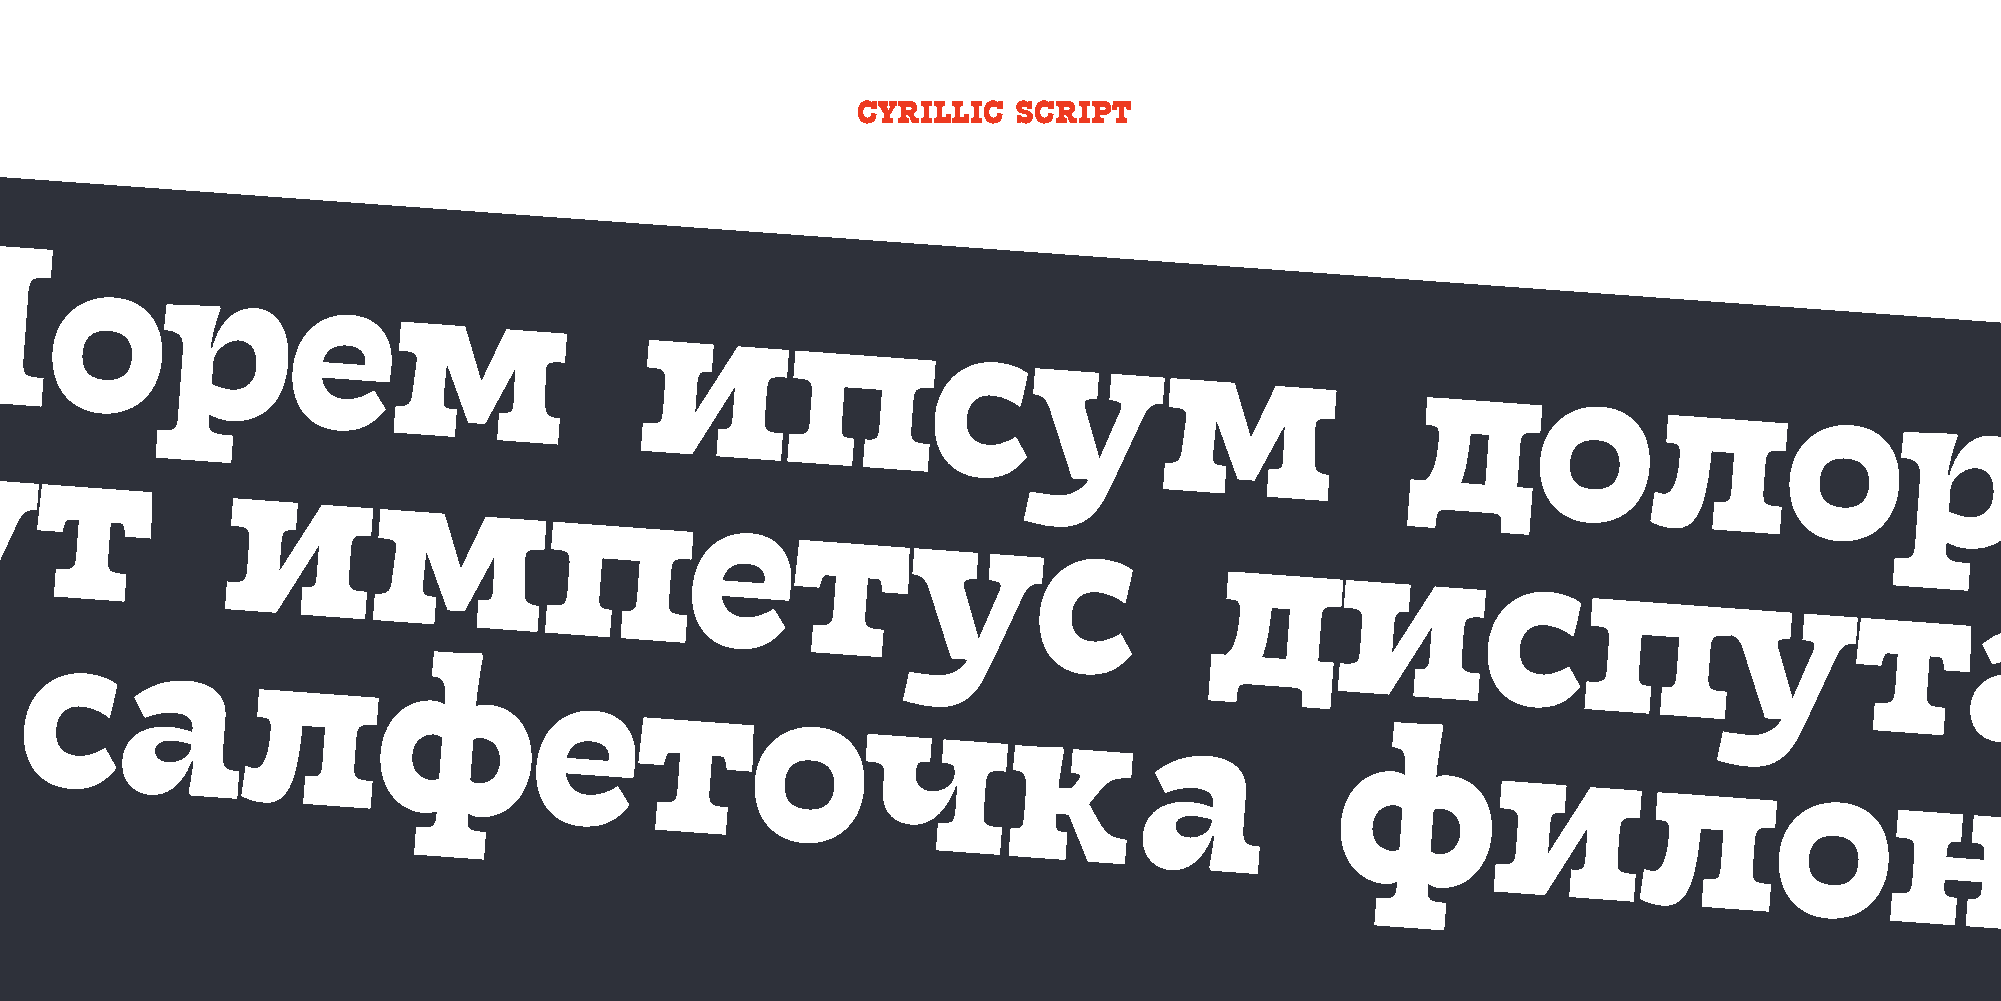
CYRILLIC  SCRIPT
 Л
 о
 р
 е
 м
 и
 п
 с
 у
 м
 д
 о
 л
 о
 д
 р,
 у
 о
 у
 т
 и
 м
 п
 е
 т
 у
 с
 д
 и
 с
 п
 у
 т
 ф                                                                                                                                а
 у                                                                                                                                        н
 р а                                                                                                                                                д       о,
 с
 а
 л
 ф
 е
 т
 о
 ч
 к
 а
 ф
 и
 л
 о
 н
 и
 т
 ь